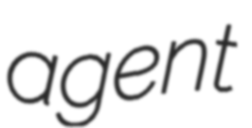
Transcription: agent